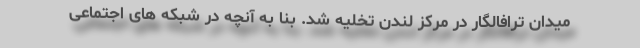
میدان ترافالگار در مرکز لندن تخلیه شد. بنا به آنچه در شبکه های اجتماعی